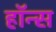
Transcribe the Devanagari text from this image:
हॉन्स